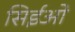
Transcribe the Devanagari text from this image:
सिईओ